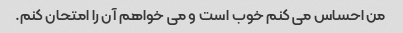
من احساس می کنم خوب است و می خواهم آن را امتحان کنم.